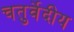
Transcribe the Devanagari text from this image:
चतुर्वेदीय